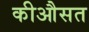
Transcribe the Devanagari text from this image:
कीऔसत